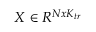
X \in R ^ { N x K _ { t r } }